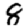
Digit: 8